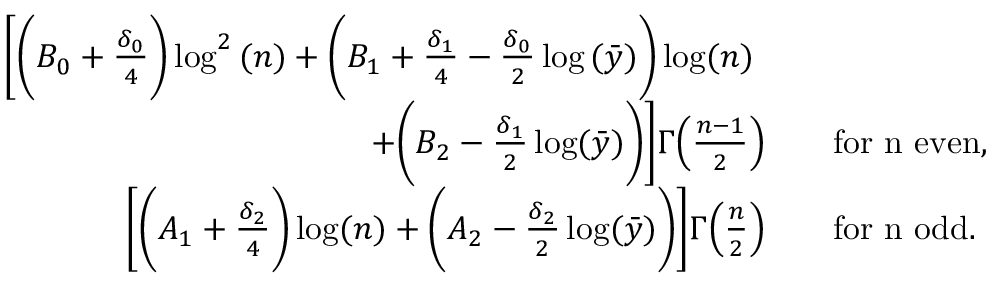
\begin{array} { r l } { \bigg [ \bigg ( B _ { 0 } + \frac { \delta _ { 0 } } { 4 } \bigg ) \log ^ { 2 } { ( n ) } + \bigg ( B _ { 1 } + \frac { \delta _ { 1 } } { 4 } - \frac { \delta _ { 0 } } { 2 } \log { ( \bar { y } ) } \bigg ) \log ( n ) \quad ~ } & { } \\ { + \bigg ( B _ { 2 } - \frac { \delta _ { 1 } } { 2 } \log ( \bar { y } ) \bigg ) \bigg ] \Gamma \Big ( \frac { n - 1 } { 2 } \Big ) \quad } & { \mathrm { f o r ~ n ~ e v e n } , } \\ { \bigg [ \bigg ( A _ { 1 } + \frac { \delta _ { 2 } } { 4 } \bigg ) \log ( n ) + \bigg ( A _ { 2 } - \frac { \delta _ { 2 } } { 2 } \log ( \bar { y } ) \bigg ) \bigg ] \Gamma \Big ( \frac { n } { 2 } \Big ) \quad } & { \mathrm { f o r ~ n ~ o d d } . } \end{array}